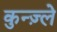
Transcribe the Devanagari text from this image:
कुन्ज़्ले